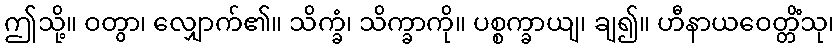
ဤသို့။ ဝတွာ၊ လျှောက်၏။ သိက္ခံ၊ သိက္ခာကို။ ပစ္စက္ခာယျ၊ ချ၍။ ဟီနာယဝေတ္တိံသု၊